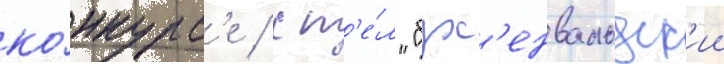
ко́нкурс'е / сп'е́л "бух'енвальдск'ии